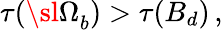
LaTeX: \tau({\sl\Omega}_{b})>\tau(B_{d})\, ,